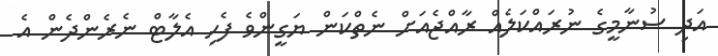
އަދި ސުނާމީގެ ނުރައްކަލެއް ރާއްޖެއަށް ނެތްކަން ޔަގީންވެ ފެހި އެލާޓް ނެރެންދެން އެ